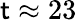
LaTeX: \mathsf{t}\approx23